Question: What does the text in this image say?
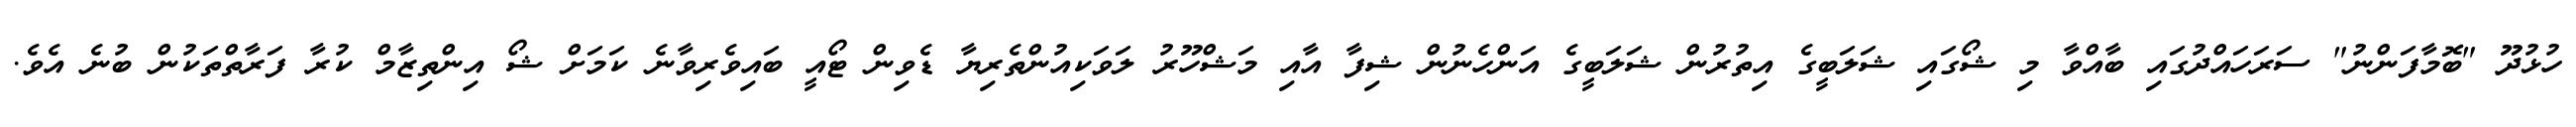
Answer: ހުޅުދޫ "ބޮމާފަންނު" ސަރަހައްދުގައި ބާއްވާ މި ޝޯގައި ޝަލަބީގެ އިތުރުން ޝަލަބީގެ އަންހެނުން ޝިފާ އާއި މަޝްހޫރު ލަވަކިއުންތެރިޔާ ޑެވިން ޓޯއީ ބައިވެރިވާނެ ކަމަށް ޝޯ އިންތިޒާމް ކުރާ ފަރާތްތަކުން ބުނެ އެވެ.